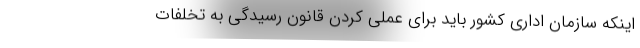
اینکه سازمان اداری کشور باید برای عملی کردن قانون رسیدگی به تخلفات